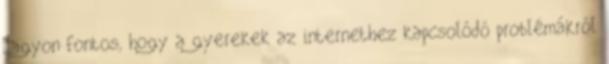
Nagyon fontos, hogy a gyerekek az internethez kapcsolódó problémákról